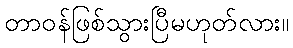
တာဝန်ဖြစ်သွားပြီမဟုတ်လား။